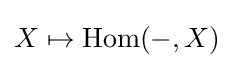
X\mapsto \operatorname {Hom} (-,X)